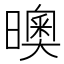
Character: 𣋉